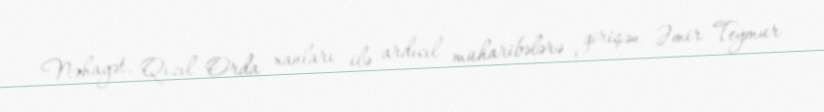
Nəhayət, Qızıl Orda xanları ilə ardıcıl müharibələrə girişən Əmir Teymur